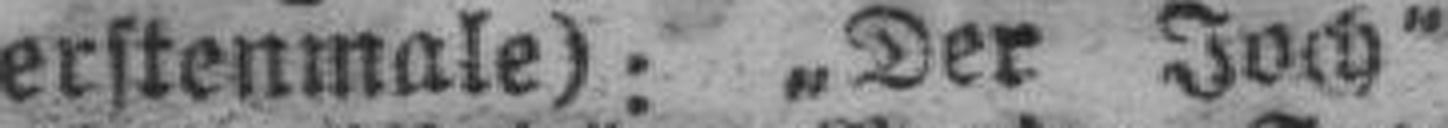
erstenmale): „Der Joch“